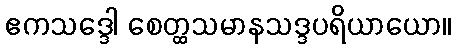
ဧကသဒ္ဒေါ စေတ္ထသမာနသဒ္ဒပရိယာယော။